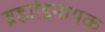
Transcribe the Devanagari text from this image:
ब्रह्मांडनायक